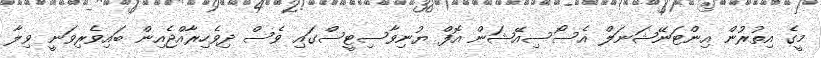
މީގެ އިތުރުން އިންޓަނޭޝަނަލް އެސޯސިއޭޝަން އޮފް ޔުނިވާސިޓީސްގައި ވެސް ދިވެހިރާއްޖެއިން ބައިވެރިވަނީ ވިލާ